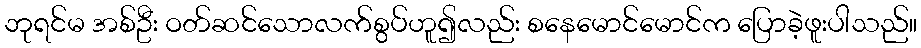
ဘုရင်မ အစ်ဦး ဝတ်ဆင်သောလက်စွပ်ဟူ၍လည်း စနေမောင်မောင်က ပြောခဲ့ဖူးပါသည်။